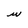
Character: w